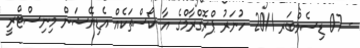
- 07 ޑިސެމްބަރ 2011 ހުނަރު ޕްރޮގްރާމްގެ އާ ކޯސްތަކެއް އެޑިޔޭޝަން މިނިސްޓްރީ